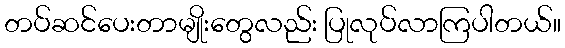
တပ်ဆင်ပေးတာမျိုးတွေလည်း ပြုလုပ်လာကြပါတယ်။